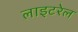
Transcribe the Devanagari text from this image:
लाइटरेल